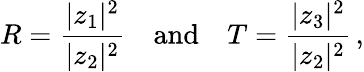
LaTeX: R=\frac{|z_{1}|^{2}}{|z_{2}|^{2}}\quad\mathrm{and}\quad T=\frac{|z_{3}|^{2}}{|z_{2}|^{2}}\, ,